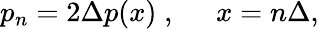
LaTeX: p_{n}=2\Delta p(x)\; ,\; \; \; \; \; x=n\Delta,